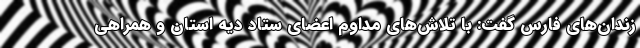
زندان‌های فارس گفت: با تلاش‌های مداوم اعضای ستاد دیه استان و همراهی